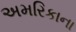
અમરિકાના